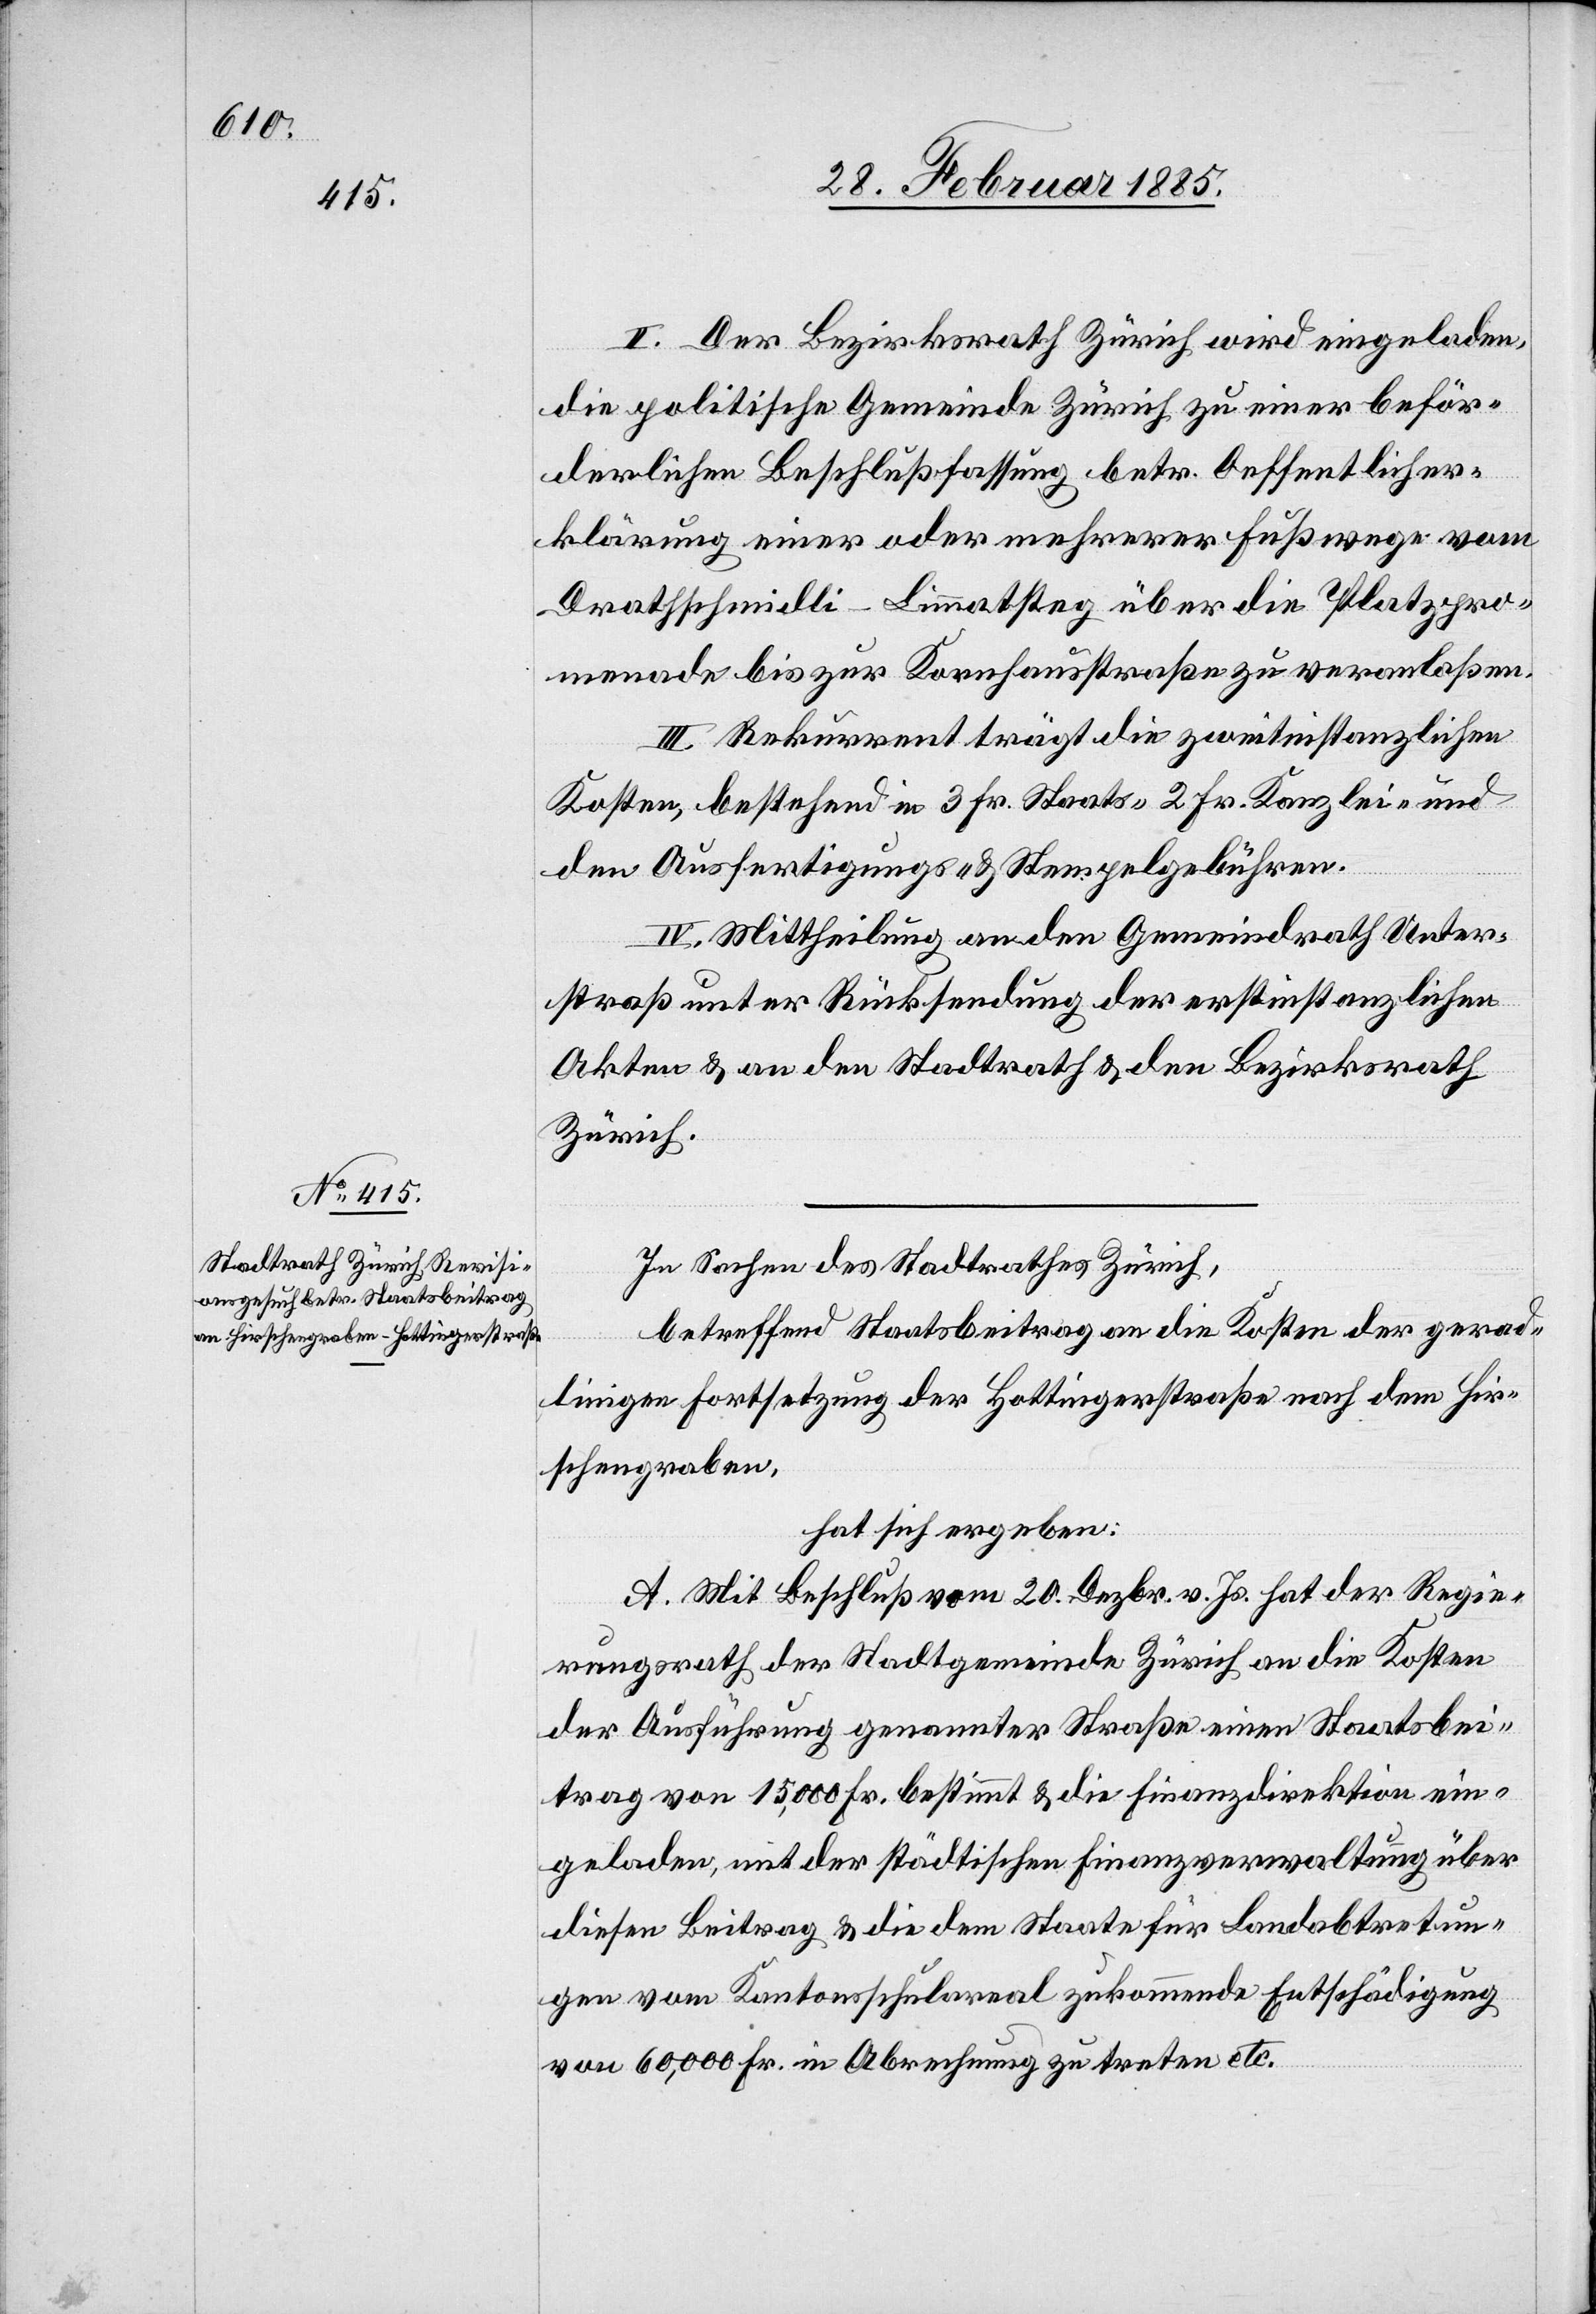
II. Der Bezirksrath Zürich wird eingeladen,
die politische Gemeinde Zürich zu einer beför¬
derlichen Beschlußfassung betr. Oeffentlicher¬
kärung einer oder mehrerer Fußwege vom
Drathschmidli-Limmatsteg über die Platzpro¬
menade bis zur Kornhausstraße zu veranlaßen.
III. Rekurrent trägt die zweitinstanzlichen
Kosten, bestehend in 3 Fr. Staats-[,] 2 Fr. Kanzlei- und
den Ausfertigungs- & Stempelgebühren.
IV. Mittheilung an den Gemeindrath Unter¬
straß unter Rücksendung der erstinstanzlichen
Akten & an den Stadtrath & den Bezirksrath
Zürich.
In Sachen des Stadtrath Zürich,
betreffend Staatsbeitrag an die Kosten der gerad¬
linigen Fortsetzung der Hottingerstraße nach dem Hir¬
schengraben,
hat sich ergeben:
A. Mit Beschluß vom 20. Dezbr. v. Js. hat der Regie¬
rungsrath der Stadtgemeinde Zürich die Kosten
der Ausführung genannter Straße einen Staatsbei¬
trag von 15,000 Fr. bestimmt & die Finanzdirektion ein¬
geladen, mit der städtischen Finanzverwaltung über
diesen Beitrag & die dem Staate für Landabtretun¬
gen vom Kantonsschulareal zukommende Entschädigung
von 60,000 Fr. in Abrechnung zu stellen etc.